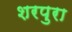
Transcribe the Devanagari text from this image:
शरपुरा